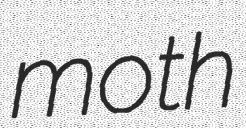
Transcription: moth